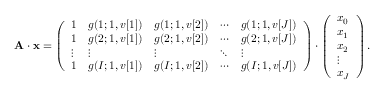
\mathbf { A \cdot x } = \left( \begin{array} { l l l l l } { 1 } & { g ( 1 ; 1 , v [ 1 ] ) } & { g ( 1 ; 1 , v [ 2 ] ) } & { \cdots } & { g ( 1 ; 1 , v [ J ] ) } \\ { 1 } & { g ( 2 ; 1 , v [ 1 ] ) } & { g ( 2 ; 1 , v [ 2 ] ) } & { \cdots } & { g ( 2 ; 1 , v [ J ] ) } \\ { \vdots } & { \vdots } & { \vdots } & { \ddots } & { \vdots } \\ { 1 } & { g ( I ; 1 , v [ 1 ] ) } & { g ( I ; 1 , v [ 2 ] ) } & { \cdots } & { g ( I ; 1 , v [ J ] ) } \end{array} \right) \cdot \left( \begin{array} { l } { x _ { 0 } } \\ { x _ { 1 } } \\ { x _ { 2 } } \\ { \vdots } \\ { x _ { J } } \end{array} \right) .